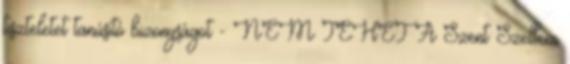
tiszteletet tanúsító bizonyságot - NEM TEHET A Szent Szellem